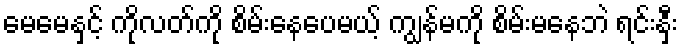
မေမေနှင့် ကိုလတ်ကို စိမ်းနေပေမယ့် ကျွန်မကို စိမ်းမနေဘဲ ရင်းနှီး